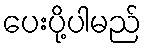
ပေးပို့ပါမည်